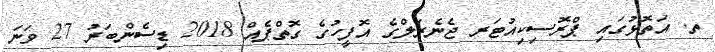
ތ. އަތޮޅުގައި ޕްރޮސިކިއުޓަރ ޖެނެރަލްގެ އޮފީހުގެ ގޮތްޕެއް 2018 ޑިސެންބަރު 27 ވަނަ